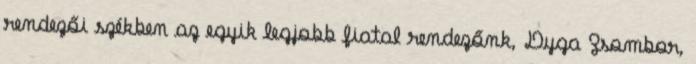
rendezői székben az egyik legjobb fiatal rendezőnk, Dyga Zsombor,